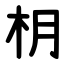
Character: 枂